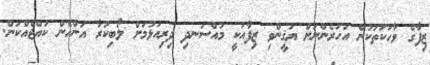
ޒިފާގެ ވާހަކަތަކުން އަހަރެންނަށް ޔަޤީންވި ޒިފާއަކީ މުއްސަނދި ދިރިއުޅުމަށް ލޯބިކުރާ އަންހެން ކުއްޖެއްކަން.